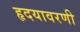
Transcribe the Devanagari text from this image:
हृदयावरणी